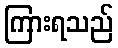
ကြားရသည်